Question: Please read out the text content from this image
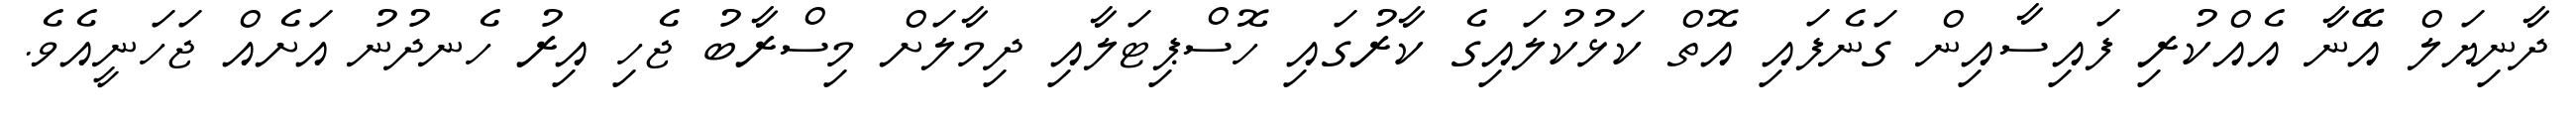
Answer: ދާނިޔަލް އޭނާ އެއްކުރި ފައިސާއިން ގަނެފައި އޮތް ކަޅުކުލައިގެ ކާރުގައި ހޮސްޕިޓަލާއި ދިމާލަށް މިސްރާބު ޖެހި އިރު ހެނދުނު އަށެއް ޖަހަނީއެވެ.